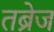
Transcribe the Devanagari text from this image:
तब्रेज